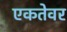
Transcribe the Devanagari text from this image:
एकतेवर